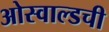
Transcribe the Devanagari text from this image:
ओस्वाल्डची